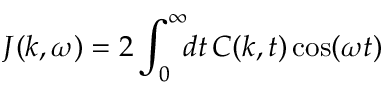
J ( k , \omega ) = 2 \int _ { 0 } ^ { \infty } \! \! d t \, C ( k , t ) \cos ( \omega t )